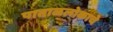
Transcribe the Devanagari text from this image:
पाताळलोकाचे